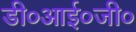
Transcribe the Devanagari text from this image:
डी०आई०जी०